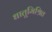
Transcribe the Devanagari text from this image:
धातूमिश्रित